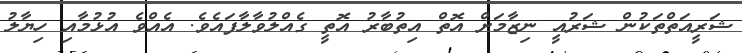
ޝަރީއަތްތަކުން ޝަރުއީ ނިޒާމަށް އޮތް އިތުބާރު އޮތީ ގެއްލުވާލާފައެވެ. އެއްވެ އުޅުމާއި ހިޔާލު